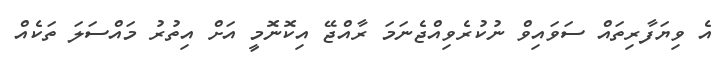
އެ ވިޔަފާރިތައް ސަވައިވް ނުކުރެވިއްޖެނަމަ ރާއްޖޭ އިކޮނޮމީ އަށް އިތުރު މައްސަލަ ތަކެއް